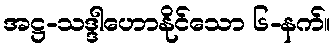
အဋ္ဌ-သဒ္ဒါဟောနိုင်သော ၆-နက်။